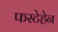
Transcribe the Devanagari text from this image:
फस्टेहेन